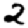
Digit: 2